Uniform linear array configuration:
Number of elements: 16
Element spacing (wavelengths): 1
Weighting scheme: cosine
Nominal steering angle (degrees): -45
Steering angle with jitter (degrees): -43.609
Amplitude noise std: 0.05
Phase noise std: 0.05

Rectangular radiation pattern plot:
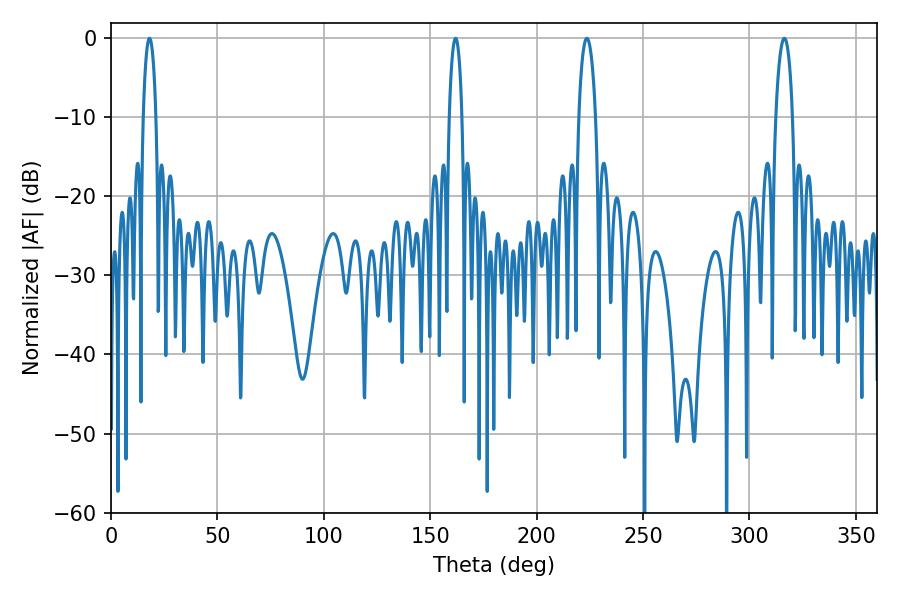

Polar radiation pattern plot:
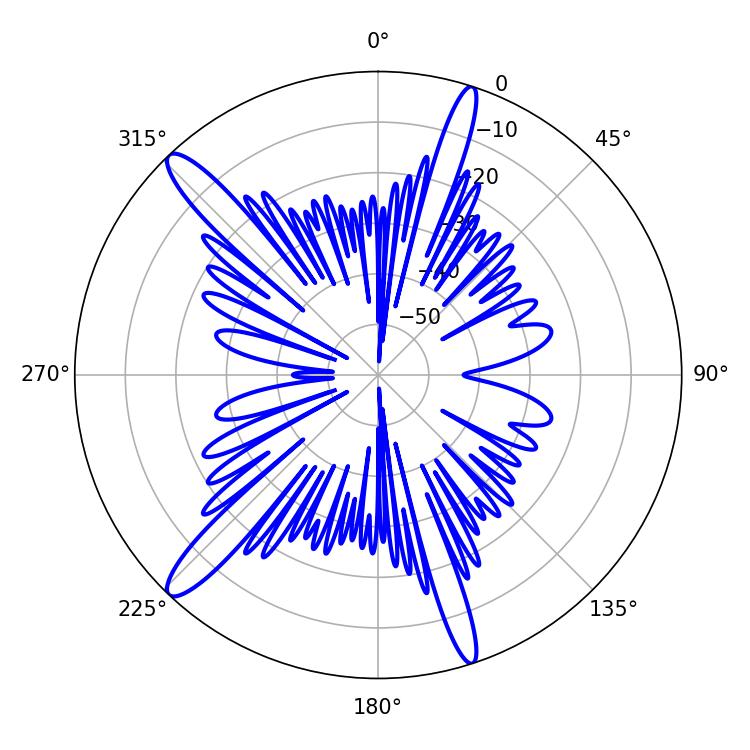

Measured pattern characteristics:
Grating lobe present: TRUE
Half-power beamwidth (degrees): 4.5
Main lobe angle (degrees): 223.56